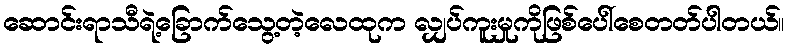
ဆောင်းရာသီရဲ့ခြောက်သွေ့တဲ့လေထုက လျှပ်ကူးမှုကိုဖြစ်ပေါ်စေတတ်ပါတယ်။